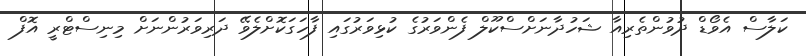
ކަލާސް އެވޯޑް ދުވުންތެރިއާ ޝަހުދާނަށްސްކޫލް ފެންވަރުގެ ކުޅިވަރުގައި ފާހަގަކޮށްލެވޭ ދަރިވަރުންނަށް މިނިސްޓްރީ އޮފް